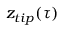
z _ { t i p } ( \tau )